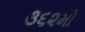
૩૬૨મો